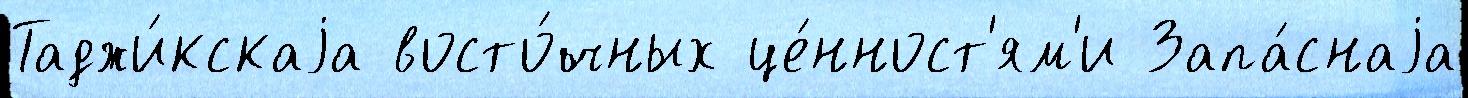
Таджи́кскаjа восто́чных це́нност'ям'и Запа́снаjа